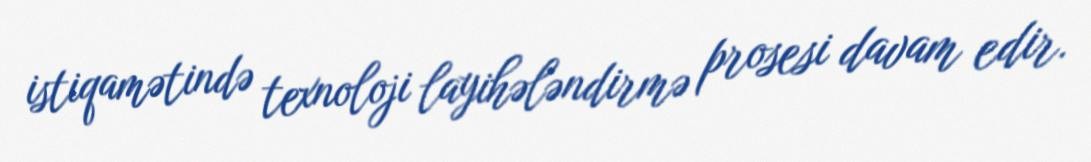
istiqamətində texnoloji layihələndirmə prosesi davam edir.